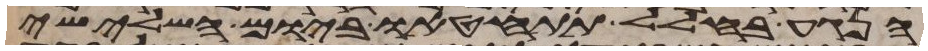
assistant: הנגע בחלל תתחטאו ביום השלישי